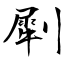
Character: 㓾